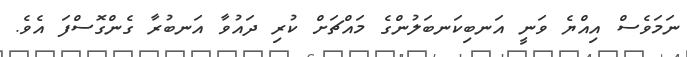
ނަމަވެސް އިއްޔެ ވަނީ އަނބިކަނބަލުންގެ މައްޗަށް ކުރި ދައުވާ އަނބުރާ ގެންގޮސްފަ އެވެ.